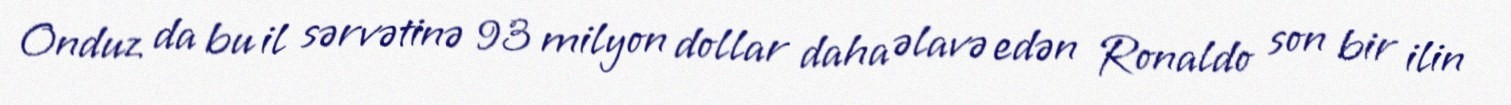
Onduz da bu il sərvətinə 93 milyon dollar daha əlavə edən Ronaldo son bir ilin